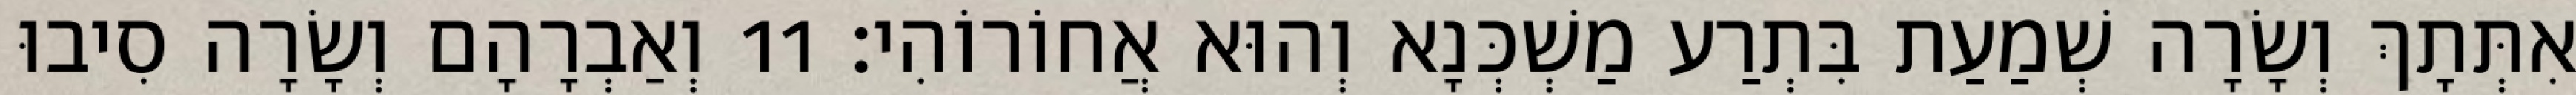
אִתְּתָךְ וְשָׂרָה שְׁמַעַת בִּתְרַע מַשְׁכְּנָא וְהוּא אֲחוֹרוֹהִי׃ 11 וְאַבְרָהָם וְשָׂרָה סִיבוּ